Scientific memoirs by medical officers of the Army of India - Part X,
Year: 1897
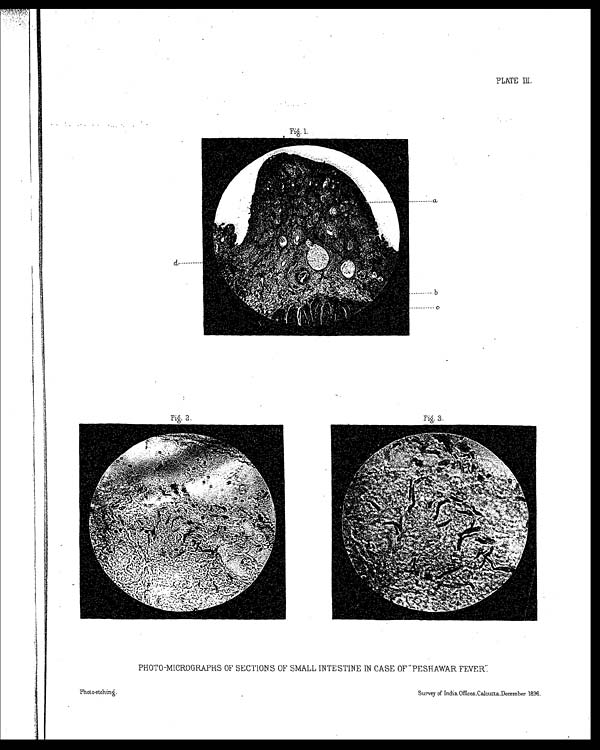
Photo-etching.
Survey of India Offices, Calcutta, December 1896.
PLATE III.
PHOTO-MICROGRAPHS OF SECTIONS OF SMALL INTESTINE IN CASE OF "PESHAWAR FEVER".